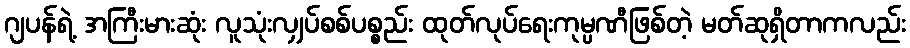
ဂျပန်ရဲ့ အကြီးမားဆုံး လူသုံးလျှပ်စစ်ပစ္စည်း ထုတ်လုပ်ရေးကုမ္ပဏီဖြစ်တဲ့ မတ်ဆုရှိတာကလည်း